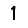
Digit: 1